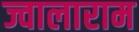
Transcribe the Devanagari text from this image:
ज्वालाराम